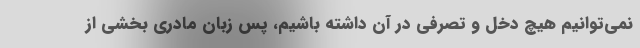
نمی‌توانیم هیچ دخل و تصرفی در آن داشته باشیم، پس زبان مادری بخشی از